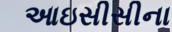
આઇસીસીના